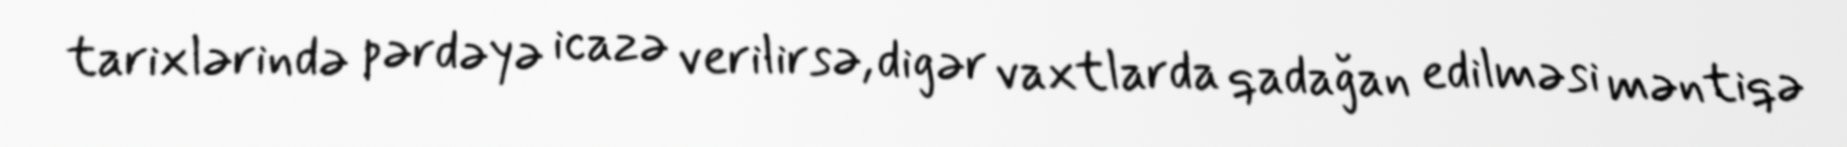
tarixlərində pərdəyə icazə verilirsə, digər vaxtlarda qadağan edilməsi məntiqə